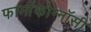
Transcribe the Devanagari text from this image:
फार्माकोग्नॉसी